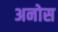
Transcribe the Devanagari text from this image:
अनोस